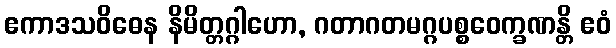
ဧကာဒသဝိဓေန နိမိတ္တဂ္ဂါဟော, ဂတာဂတမဂ္ဂပစ္စဝေက္ခဏန္တိ ဧဝံ